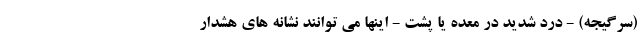
(سرگیجه) - درد شدید در معده یا پشت - اینها می توانند نشانه های هشدار